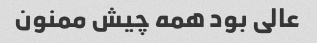
عالی بود همه چیش ممنون